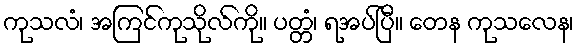
ကုသလံ၊ အကြင်ကုသိုလ်ကို။ ပတ္တံ၊ ရအပ်ပြီ။ တေန ကုသလေန၊